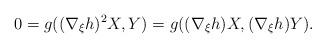
LaTeX: \begin{align*}0=g((\nabla _{\xi }h)^{2}X,Y)=g((\nabla _{\xi }h)X,(\nabla _{\xi }h)Y).\end{align*}